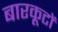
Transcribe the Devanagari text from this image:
बारकूटों